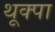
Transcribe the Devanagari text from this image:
थूक्‍पा